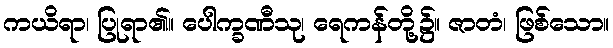
ကယိရာ၊ ပြုရာ၏။ ပေါက္ခဏီသု၊ ရေကန်တို့၌။ ဇာတံ၊ ဖြစ်သော။